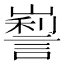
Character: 𡽜